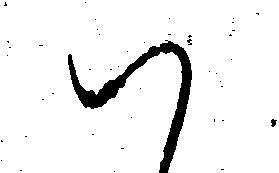
ハ